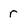
Character: r